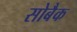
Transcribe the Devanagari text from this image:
सोबैक